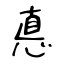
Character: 悳